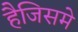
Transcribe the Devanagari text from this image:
हैजिसमे